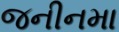
જનીનમા